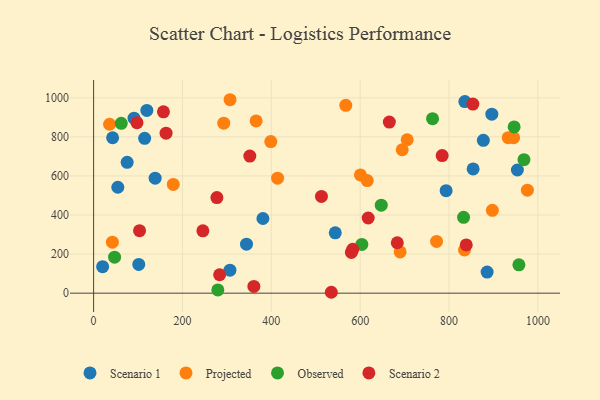
{"axis": {"x": "Investment", "y": "Yield"}, "legend": ["Observed", "Projected", "Scenario 1", "Scenario 2"], "data": [{"x": "119.8", "y": 935.2, "type": "Scenario 1"}, {"x": "114.9", "y": 792.4, "type": "Scenario 1"}, {"x": "835.6", "y": 980.8, "type": "Scenario 1"}, {"x": "344.1", "y": 250.9, "type": "Scenario 1"}, {"x": "953.8", "y": 630.3, "type": "Scenario 1"}, {"x": "885.7", "y": 108.2, "type": "Scenario 1"}, {"x": "101.6", "y": 147.0, "type": "Scenario 1"}, {"x": "381.1", "y": 382.1, "type": "Scenario 1"}, {"x": "854.2", "y": 635.8, "type": "Scenario 1"}, {"x": "877.2", "y": 782.5, "type": "Scenario 1"}, {"x": "54.5", "y": 542.1, "type": "Scenario 1"}, {"x": "543.9", "y": 308.8, "type": "Scenario 1"}, {"x": "91.0", "y": 895.5, "type": "Scenario 1"}, {"x": "306.8", "y": 117.8, "type": "Scenario 1"}, {"x": "75.5", "y": 669.7, "type": "Scenario 1"}, {"x": "138.5", "y": 588.7, "type": "Scenario 1"}, {"x": "20.3", "y": 135.4, "type": "Scenario 1"}, {"x": "896.3", "y": 915.9, "type": "Scenario 1"}, {"x": "42.8", "y": 795.5, "type": "Scenario 1"}, {"x": "793.4", "y": 524.4, "type": "Scenario 1"}, {"x": "689.9", "y": 211.3, "type": "Projected"}, {"x": "897.5", "y": 424.0, "type": "Projected"}, {"x": "42.2", "y": 260.8, "type": "Projected"}, {"x": "414.1", "y": 588.6, "type": "Projected"}, {"x": "771.9", "y": 264.8, "type": "Projected"}, {"x": "615.9", "y": 576.3, "type": "Projected"}, {"x": "976.3", "y": 527.1, "type": "Projected"}, {"x": "365.8", "y": 881.8, "type": "Projected"}, {"x": "35.9", "y": 864.6, "type": "Projected"}, {"x": "292.9", "y": 870.2, "type": "Projected"}, {"x": "834.8", "y": 221.0, "type": "Projected"}, {"x": "398.8", "y": 776.1, "type": "Projected"}, {"x": "933.2", "y": 795.9, "type": "Projected"}, {"x": "600.5", "y": 605.2, "type": "Projected"}, {"x": "179.3", "y": 556.6, "type": "Projected"}, {"x": "694.6", "y": 734.1, "type": "Projected"}, {"x": "705.8", "y": 785.3, "type": "Projected"}, {"x": "307.1", "y": 990.1, "type": "Projected"}, {"x": "945.3", "y": 796.1, "type": "Projected"}, {"x": "567.6", "y": 961.4, "type": "Projected"}, {"x": "762.9", "y": 893.1, "type": "Observed"}, {"x": "832.7", "y": 388.1, "type": "Observed"}, {"x": "946.5", "y": 850.7, "type": "Observed"}, {"x": "603.7", "y": 249.6, "type": "Observed"}, {"x": "968.6", "y": 683.2, "type": "Observed"}, {"x": "647.4", "y": 450.3, "type": "Observed"}, {"x": "62.2", "y": 869.3, "type": "Observed"}, {"x": "47.2", "y": 184.2, "type": "Observed"}, {"x": "279.6", "y": 16.8, "type": "Observed"}, {"x": "957.2", "y": 145.2, "type": "Observed"}, {"x": "784.5", "y": 704.4, "type": "Scenario 2"}, {"x": "360.7", "y": 34.7, "type": "Scenario 2"}, {"x": "103.4", "y": 320.1, "type": "Scenario 2"}, {"x": "97.6", "y": 872.4, "type": "Scenario 2"}, {"x": "277.5", "y": 489.3, "type": "Scenario 2"}, {"x": "157.2", "y": 928.0, "type": "Scenario 2"}, {"x": "683.5", "y": 258.1, "type": "Scenario 2"}, {"x": "853.6", "y": 967.7, "type": "Scenario 2"}, {"x": "665.6", "y": 875.7, "type": "Scenario 2"}, {"x": "535.0", "y": 4.6, "type": "Scenario 2"}, {"x": "351.6", "y": 701.5, "type": "Scenario 2"}, {"x": "512.8", "y": 495.4, "type": "Scenario 2"}, {"x": "838.7", "y": 246.9, "type": "Scenario 2"}, {"x": "618.0", "y": 384.8, "type": "Scenario 2"}, {"x": "580.2", "y": 208.5, "type": "Scenario 2"}, {"x": "583.2", "y": 224.4, "type": "Scenario 2"}, {"x": "163.1", "y": 819.1, "type": "Scenario 2"}, {"x": "245.9", "y": 318.9, "type": "Scenario 2"}, {"x": "283.6", "y": 94.3, "type": "Scenario 2"}]}